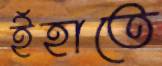
ইঁহাতে